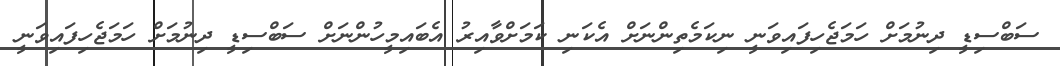
ސަބްސިޑީ ދިނުމަށް ހަމަޖެހިފައިވަނީ ނިކަމެތިންނަށް އެކަނި ކަމަށްވާއިރު އެބައިމީހުންނަށް ސަބްސިޑީ ދިނުމަށް ހަމަޖެހިފައިވަނީ